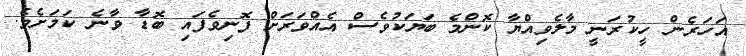
އަހަރެން ހީކުރަނީ މާލެވިއްޔާ ކޮންމެ ބަޔަކުވެސް އެއްވަރަށް ފޮނިވެފައި ބޮޑާ ވާނެ ކަމަށެވެ.